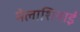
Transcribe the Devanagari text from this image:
मेलाशियाई